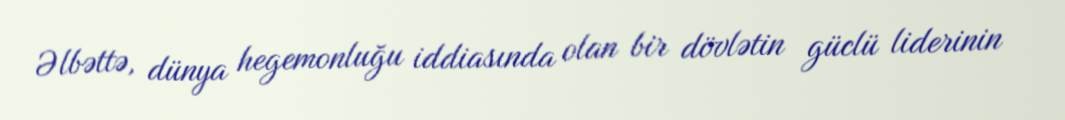
Əlbəttə, dünya hegemonluğu iddiasında olan bir dövlətin güclü liderinin